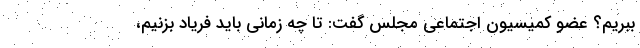
ببریم؟ عضو کمیسیون اجتماعی مجلس گفت: تا چه زمانی باید فریاد بزنیم،